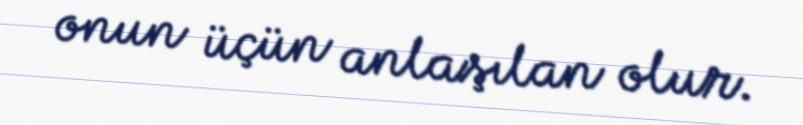
onun üçün anlaşılan olur.